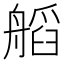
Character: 𦩹